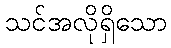
သင်အလိုရှိသော